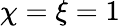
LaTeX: \chi=\xi=1